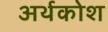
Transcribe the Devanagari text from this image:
अर्थकोश